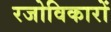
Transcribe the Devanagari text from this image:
रजोविकारों